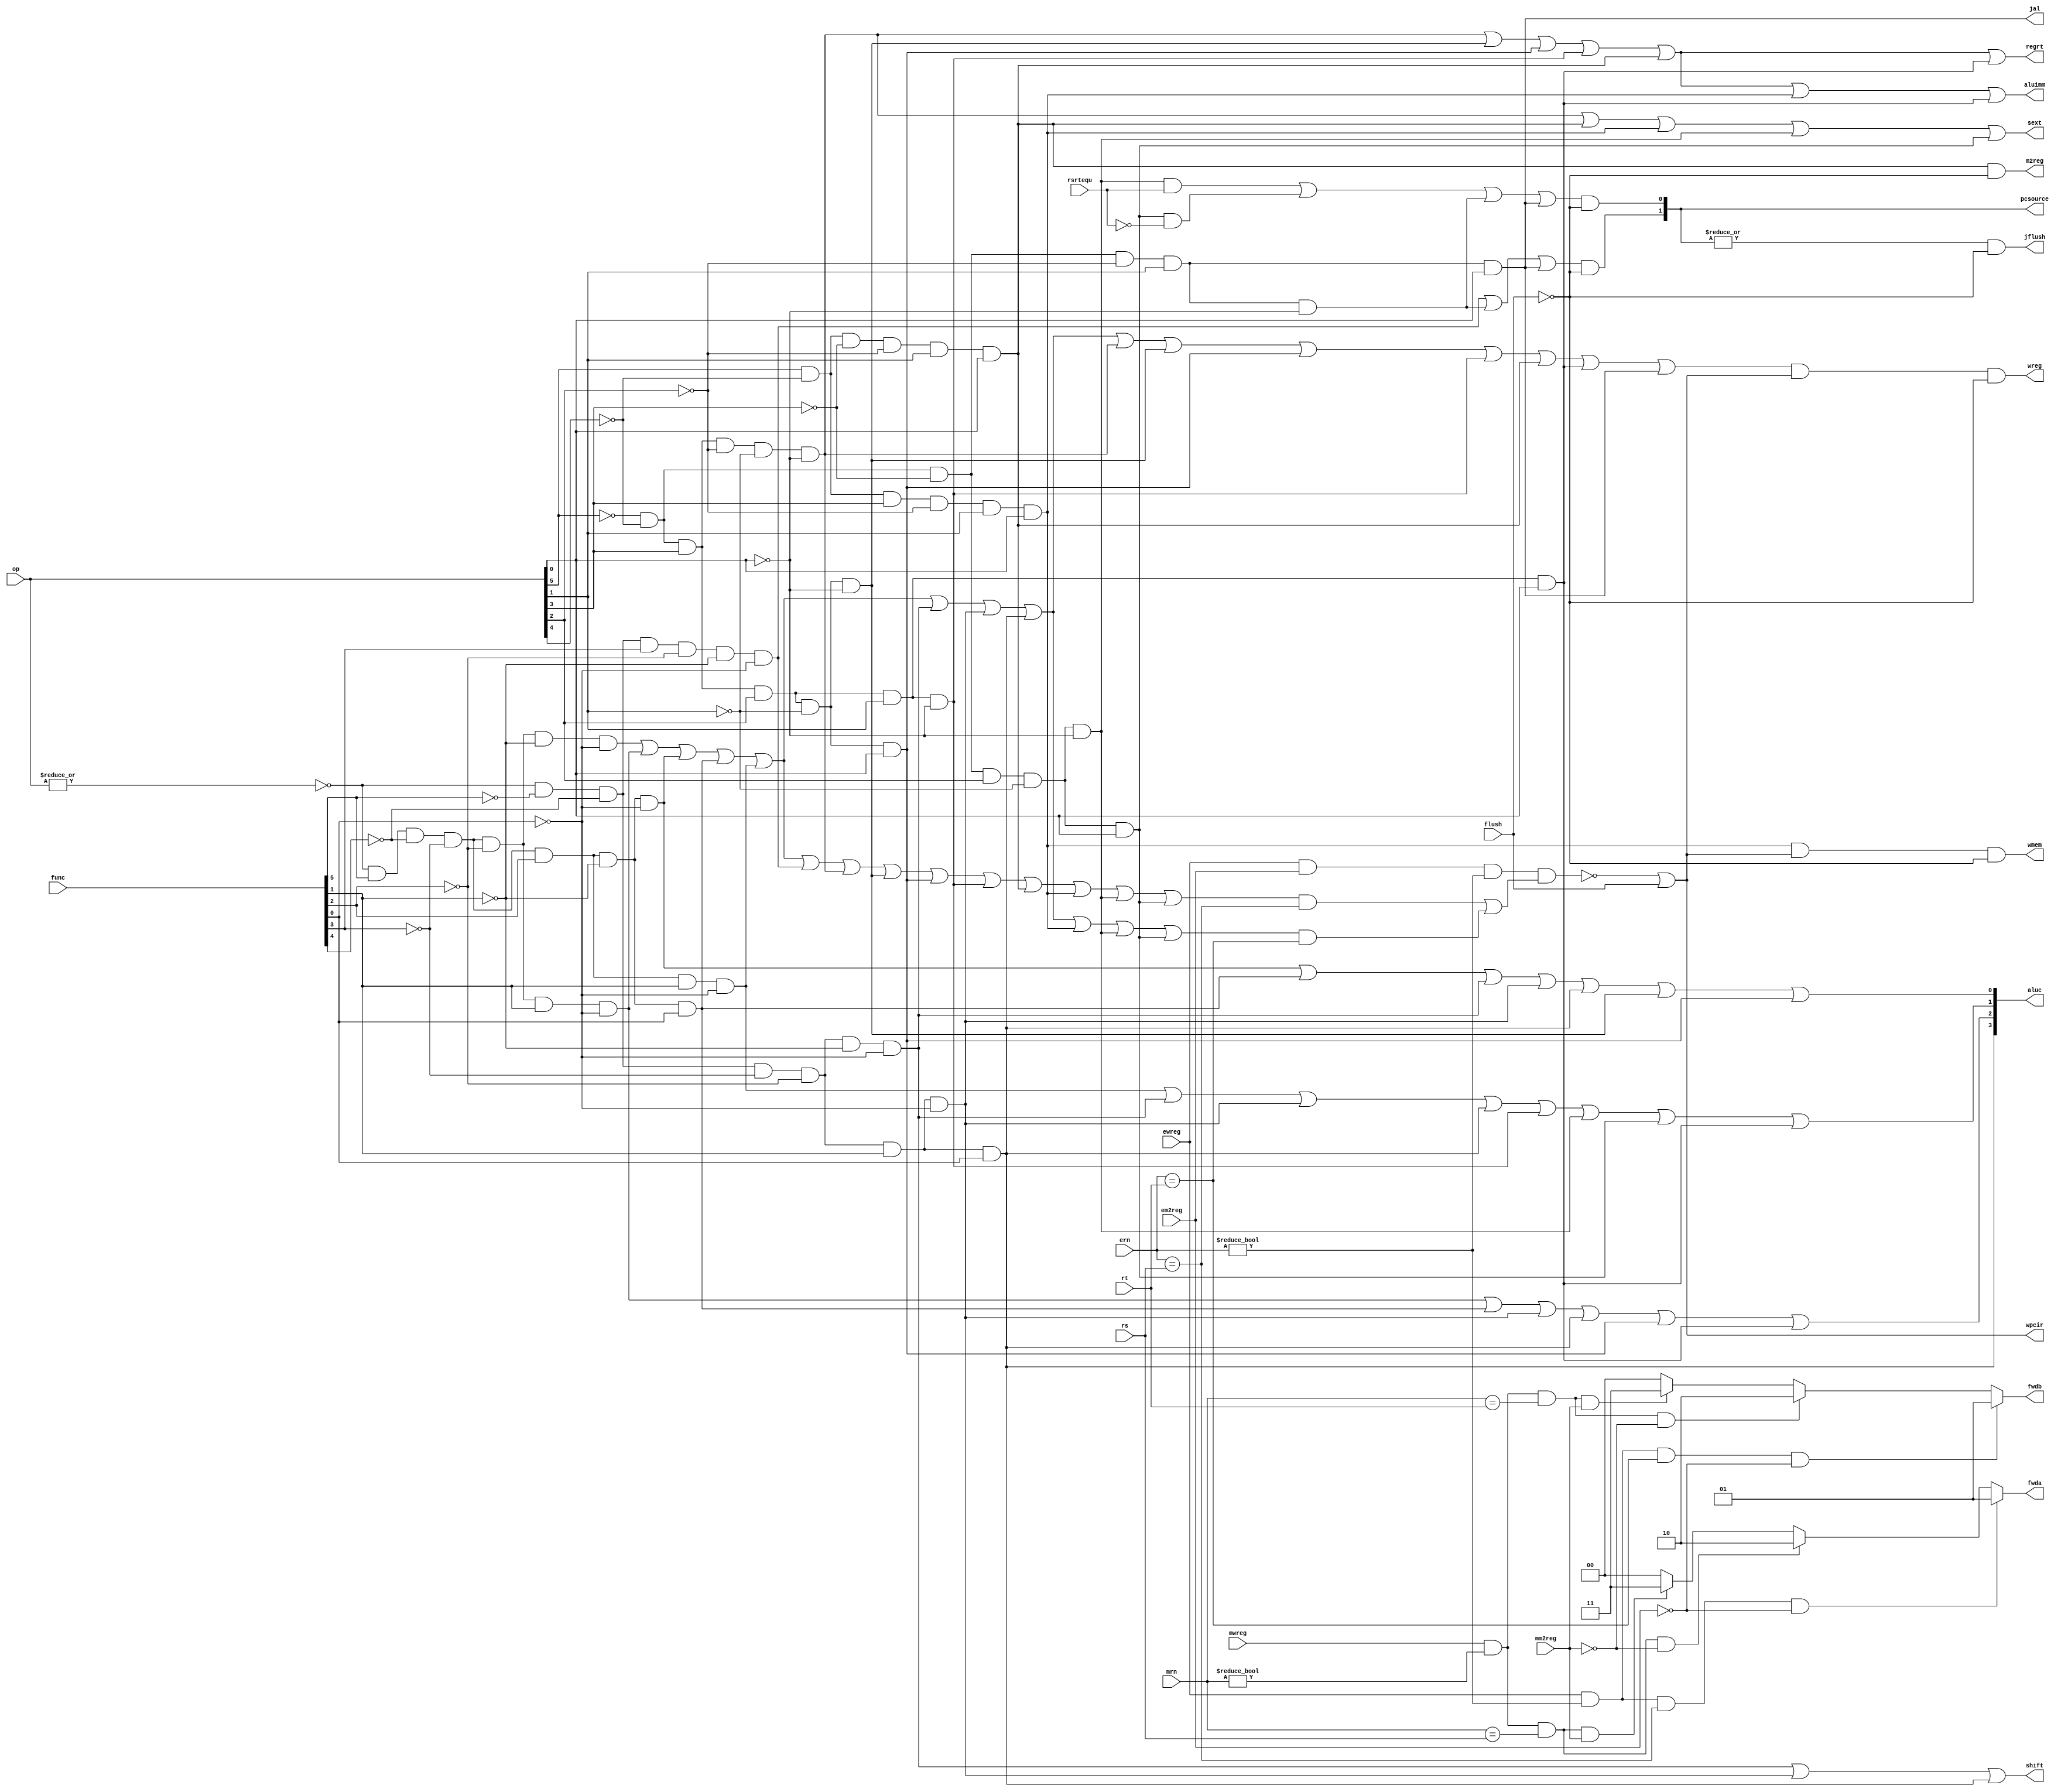
module pipecu (op, func, rsrtequ, rs, rt, mrn, ern, mm2reg, mwreg, em2reg, ewreg, flush,
            wmem, wreg, regrt, m2reg, aluc, shift, aluimm, pcsource, jal, sext, 
            fwda, fwdb, wpcir, jflush);
            //jflush flush a cycle because of jump or branch
   input  [5:0] op,func;
   input  [4:0] rs, rt, mrn, ern;
   input        rsrtequ, mm2reg, mwreg, em2reg, ewreg, flush;
   output       wreg,regrt,jal,m2reg,shift,aluimm,sext,wmem, wpcir, jflush;
   output [3:0] aluc;
   output [1:0] pcsource, fwda, fwdb;

   reg [1:0] fwda, fwdb;

   wire r_type = ~|op;
   wire i_add = r_type & func[5] & ~func[4] & ~func[3] &
                ~func[2] & ~func[1] & ~func[0];          //100000
   wire i_sub = r_type & func[5] & ~func[4] & ~func[3] &
                ~func[2] &  func[1] & ~func[0];          //100010
      
   //  please complete the deleted code.
   
   wire i_and =  r_type & func[5] & ~func[4] & ~func[3] &
                func[2] & ~func[1] & ~func[0];   
   wire i_or  = r_type & func[5] & ~func[4] & ~func[3] &
                func[2] & ~func[1] & func[0];   

   wire i_xor = r_type & func[5] & ~func[4] & ~func[3] &
                func[2] & func[1] & ~func[0];   
   wire i_sll = r_type & ~func[5] & ~func[4] & ~func[3] &
                ~func[2] & ~func[1] & ~func[0];   
   wire i_srl = r_type & ~func[5] & ~func[4] & ~func[3] &
                ~func[2] & func[1] & ~func[0];   
   wire i_sra = r_type & ~func[5] & ~func[4] & ~func[3] &
                ~func[2] & func[1] & func[0];   
   wire i_jr  = r_type & ~func[5] & ~func[4] & func[3] &
                ~func[2] & ~func[1] & ~func[0];   
                
   wire i_addi = ~op[5] & ~op[4] &  op[3] & ~op[2] & ~op[1] & ~op[0]; //001000
   wire i_andi = ~op[5] & ~op[4] &  op[3] &  op[2] & ~op[1] & ~op[0]; //001100
   
   wire i_ori  = ~op[5] & ~op[4] &  op[3] &  op[2] & ~op[1] & op[0];
   wire i_xori = ~op[5] & ~op[4] &  op[3] &  op[2] & op[1] & ~op[0];
   wire i_lw   = op[5] & ~op[4] &  ~op[3] &  ~op[2] & op[1] & op[0];
   wire i_sw   = op[5] & ~op[4] &  op[3] &  ~op[2] & op[1] & op[0];
   wire i_beq  = ~op[5] & ~op[4] &  ~op[3] &  op[2] & ~op[1] & ~op[0];
   wire i_bne  = ~op[5] & ~op[4] &  ~op[3] &  op[2] & ~op[1] & op[0];
   wire i_lui  = ~op[5] & ~op[4] &  op[3] &  op[2] & op[1] & op[0];
   wire i_j    = ~op[5] & ~op[4] &  ~op[3] &  ~op[2] & op[1] & ~op[0];
   wire i_jal  = ~op[5] & ~op[4] &  ~op[3] &  ~op[2] & op[1] & op[0];
   
  
   assign pcsource[1] = (i_jr | i_j | i_jal)& (~flush);
   assign pcsource[0] = (( i_beq & rsrtequ ) | (i_bne & ~rsrtequ) | i_j | i_jal)& (~flush) ;
   assign jflush = (|pcsource) & (~flush);   //0 represents not jump or branch
   
   assign wreg = (i_add | i_sub | i_and | i_or   | i_xor  |
                 i_sll | i_srl | i_sra | i_addi | i_andi |
                 i_ori | i_xori | i_lw | i_lui  | i_jal) & wpcir & (~flush);
   
   assign aluc[3] = i_sra;
   assign aluc[2] = i_sub | i_or | i_srl | i_sra | i_ori | i_lui;
   assign aluc[1] = i_xor | i_sll | i_srl | i_sra | i_xori | i_beq | i_bne | i_lui;
   assign aluc[0] = i_and | i_or | i_sll | i_srl | i_sra | i_andi | i_ori;
   assign shift   = i_sll | i_srl | i_sra ;

   assign aluimm  = i_addi | i_andi | i_ori | i_xori | i_lw | i_sw | i_lui;
   assign sext    = i_addi | i_lw | i_sw | i_beq | i_bne;
   assign wmem    = i_sw & wpcir & (~flush);
   assign m2reg   = i_lw & (~flush);
   assign regrt   = i_addi | i_andi | i_ori | i_xori | i_lw | i_lui;
   assign jal     = i_jal;

   wire i_rs = i_add | i_sub | i_and | i_or | i_xor | i_jr | i_addi |
               i_andi | i_ori | i_xori | i_lw | i_sw | i_beq | i_bne;
   wire i_rt = i_add | i_sub | i_and | i_or | i_xor | i_sll | i_srl |
               i_sra | i_sw | i_beq | i_bne;
   assign wpcir = (~(ewreg & em2reg & (ern != 0) & (i_rs & (ern==rs) | i_rt & (ern==rt)))) | flush;

    always @ (ewreg or em2reg or mwreg or mm2reg or ern or mrn or rs or rt) 
        begin
            fwda = 2'b00;
            if(ewreg & (ern!=0) & (ern==rs) & ~em2reg)
                begin
                    fwda = 2'b01;
                end
            else begin
                if(mwreg & (mrn!=0) & (mrn==rs)& ~mm2reg)
                begin
                    fwda = 2'b10;
                end
                else begin
                    if(mwreg & (mrn!=0)& (mrn==rs)& mm2reg)
                    begin
                        fwda = 2'b11;
                    end
                end
            end

            fwdb = 2'b00;
            if(ewreg & (ern!=0) & (ern==rt) & ~em2reg)
            begin
                fwdb = 2'b01;
            end
            else begin
                if(mwreg & (mrn!=0) & (mrn==rt)& ~mm2reg)
                begin
                    fwdb = 2'b10;
                end
                else begin
                    if(mwreg & (mrn!=0)& (mrn==rt)& mm2reg)
                    begin
                        fwdb = 2'b11;
                    end
                end
            end
        end

endmodule